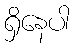
ရှိနေပါ